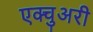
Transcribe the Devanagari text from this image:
एक्चुअरी